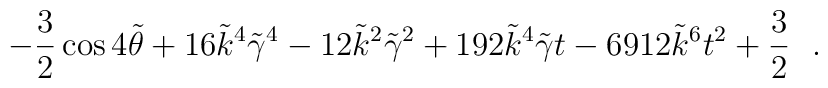
-{3 \over 2}\cos{4\tilde \theta}+16\tilde k^4\tilde \gamma^4-12\tilde k^2 \tilde \gamma^2+192\tilde k^4 \tilde \gamma t-6912\tilde k^6t^2+{3 \over 2}~~.